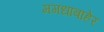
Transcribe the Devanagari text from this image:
मगधाबाहेर